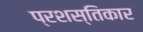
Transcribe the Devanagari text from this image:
प्रशस्तिकार